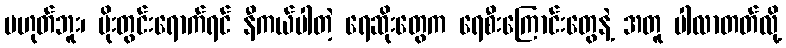
မဟုတ်ဘူး၊ မိုးတွင်းရောက်ရင် နီကယ်ပါတဲ့ ရေဆိုးတွေက ရေစီးကြောင်းတွေနဲ့ အတူ ပါလာတတ်လို့